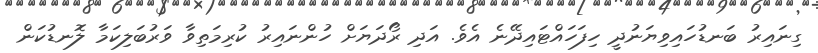
ގިނައިރު ބަނޑުހައިވިޔަނުދީ ހިފަހައްޓައިދޭނެ އެވެ. އަދި ރޯދަޔަށް ހުންނައިރު ކުރިމަތިވާ ވަރުބަލިކަމާ ލޮނޑުކަން